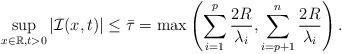
LaTeX: \begin{align*} \sup_{x\in\mathbb{R},t>0}|\mathcal{I}(x,t)|\leq \bar{\tau}=\max\left(\sum_{i=1}^p \frac{2R}{\lambda_i},\sum_{i=p+1}^n \frac{2R}{\lambda_i}\right).\end{align*}